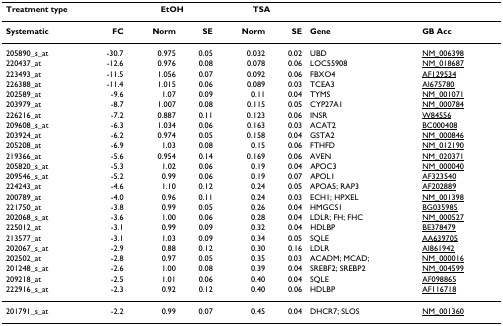
<table><thead><tr><td colspan="2"><b>Treatment type</b></td><td colspan="2"><b>EtOH</b></td><td colspan="2"><b>TSA</b></td><td></td><td></td></tr></thead><tbody><tr><td><b>Systematic</b></td><td><b>FC</b></td><td><b>Norm</b></td><td><b>SE</b></td><td><b>Norm</b></td><td><b>SE</b></td><td><b>Gene</b></td><td><b>GB Acc</b></td></tr><tr><td>205890_s_at</td><td>-30.7</td><td>0.975</td><td>0.05</td><td>0.032</td><td>0.02</td><td>UBD</td><td>NM_006398</td></tr><tr><td>220437_at</td><td>-12.6</td><td>0.976</td><td>0.08</td><td>0.078</td><td>0.06</td><td>LOC55908</td><td>NM_018687</td></tr><tr><td>223493_at</td><td>-11.5</td><td>1.056</td><td>0.07</td><td>0.092</td><td>0.06</td><td>FBXO4</td><td>AF129534</td></tr><tr><td>226388_at</td><td>-11.4</td><td>1.015</td><td>0.06</td><td>0.089</td><td>0.03</td><td>TCEA3</td><td>AI675780</td></tr><tr><td>202589_at</td><td>-9.6</td><td>1.07</td><td>0.09</td><td>0.11</td><td>0.04</td><td>TYMS</td><td>NM_001071</td></tr><tr><td>203979_at</td><td>-8.7</td><td>1.007</td><td>0.08</td><td>0.115</td><td>0.05</td><td>CYP27A1</td><td>NM_000784</td></tr><tr><td>226216_at</td><td>-7.2</td><td>0.887</td><td>0.11</td><td>0.123</td><td>0.06</td><td>INSR</td><td>W84556</td></tr><tr><td>209608_s_at</td><td>-6.3</td><td>1.034</td><td>0.06</td><td>0.163</td><td>0.03</td><td>ACAT2</td><td>BC000408</td></tr><tr><td>203924_at</td><td>-6.2</td><td>0.974</td><td>0.05</td><td>0.158</td><td>0.04</td><td>GSTA2</td><td>NM_000846</td></tr><tr><td>205208_at</td><td>-6.9</td><td>1.03</td><td>0.08</td><td>0.15</td><td>0.06</td><td>FTHFD</td><td>NM_012190</td></tr><tr><td>219366_at</td><td>-5.6</td><td>0.954</td><td>0.14</td><td>0.169</td><td>0.06</td><td>AVEN</td><td>NM_020371</td></tr><tr><td>205820_s_at</td><td>-5.3</td><td>1.02</td><td>0.06</td><td>0.19</td><td>0.04</td><td>APOC3</td><td>NM_000040</td></tr><tr><td>209546_s_at</td><td>-5.2</td><td>0.99</td><td>0.06</td><td>0.19</td><td>0.07</td><td>APOL1</td><td>AF323540</td></tr><tr><td>224243_at</td><td>-4.6</td><td>1.10</td><td>0.12</td><td>0.24</td><td>0.05</td><td>APOA5; RAP3</td><td>AF202889</td></tr><tr><td>200789_at</td><td>-4.0</td><td>0.96</td><td>0.11</td><td>0.24</td><td>0.03</td><td>ECH1; HPXEL</td><td>NM_001398</td></tr><tr><td>221750_at</td><td>-3.8</td><td>0.99</td><td>0.05</td><td>0.26</td><td>0.04</td><td>HMGCS1</td><td>BG035985</td></tr><tr><td>202068_s_at</td><td>-3.6</td><td>1.00</td><td>0.06</td><td>0.28</td><td>0.04</td><td>LDLR; FH; FHC</td><td>NM_000527</td></tr><tr><td>225012_at</td><td>-3.1</td><td>0.99</td><td>0.09</td><td>0.32</td><td>0.04</td><td>HDLBP</td><td>BE378479</td></tr><tr><td>213577_at</td><td>-3.1</td><td>1.03</td><td>0.09</td><td>0.34</td><td>0.05</td><td>SQLE</td><td>AA639705</td></tr><tr><td>202067_s_at</td><td>-2.9</td><td>0.88</td><td>0.12</td><td>0.30</td><td>0.16</td><td>LDLR</td><td>AI861942</td></tr><tr><td>202502_at</td><td>-2.8</td><td>0.97</td><td>0.05</td><td>0.35</td><td>0.03</td><td>ACADM; MCAD;</td><td>NM_000016</td></tr><tr><td>201248_s_at</td><td>-2.6</td><td>1.00</td><td>0.08</td><td>0.39</td><td>0.04</td><td>SREBF2; SREBP2</td><td>NM_004599</td></tr><tr><td>209218_at</td><td>-2.5</td><td>1.01</td><td>0.06</td><td>0.40</td><td>0.04</td><td>SQLE</td><td>AF098865</td></tr><tr><td>222916_s_at</td><td>-2.3</td><td>0.92</td><td>0.12</td><td>0.40</td><td>0.06</td><td>HDLBP</td><td>AF116718</td></tr><tr><td>201791_s_at</td><td>-2.2</td><td>0.99</td><td>0.07</td><td>0.45</td><td>0.04</td><td>DHCR7; SLOS</td><td>NM_001360</td></tr></tbody></table>